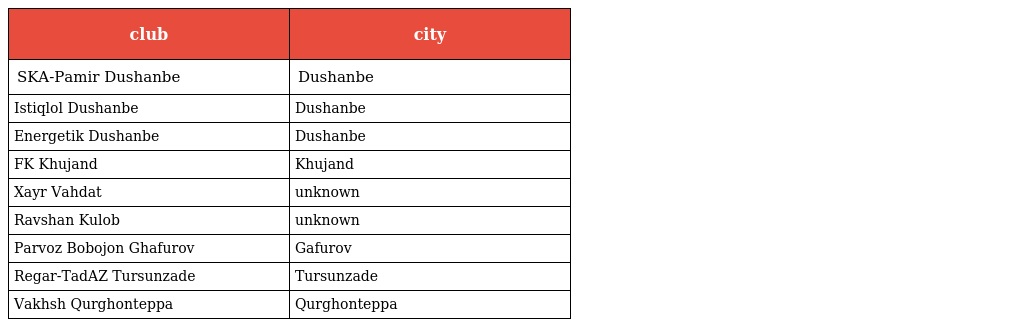
| club | city |
 | --- | --- |
 | SKA-Pamir Dushanbe | Dushanbe |
 | Istiqlol Dushanbe | Dushanbe |
 | Energetik Dushanbe | Dushanbe |
 | FK Khujand | Khujand |
 | Xayr Vahdat | unknown |
 | Ravshan Kulob | unknown |
 | Parvoz Bobojon Ghafurov | Gafurov |
 | Regar-TadAZ Tursunzade | Tursunzade |
 | Vakhsh Qurghonteppa | Qurghonteppa |